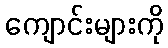
ကျောင်းများကို